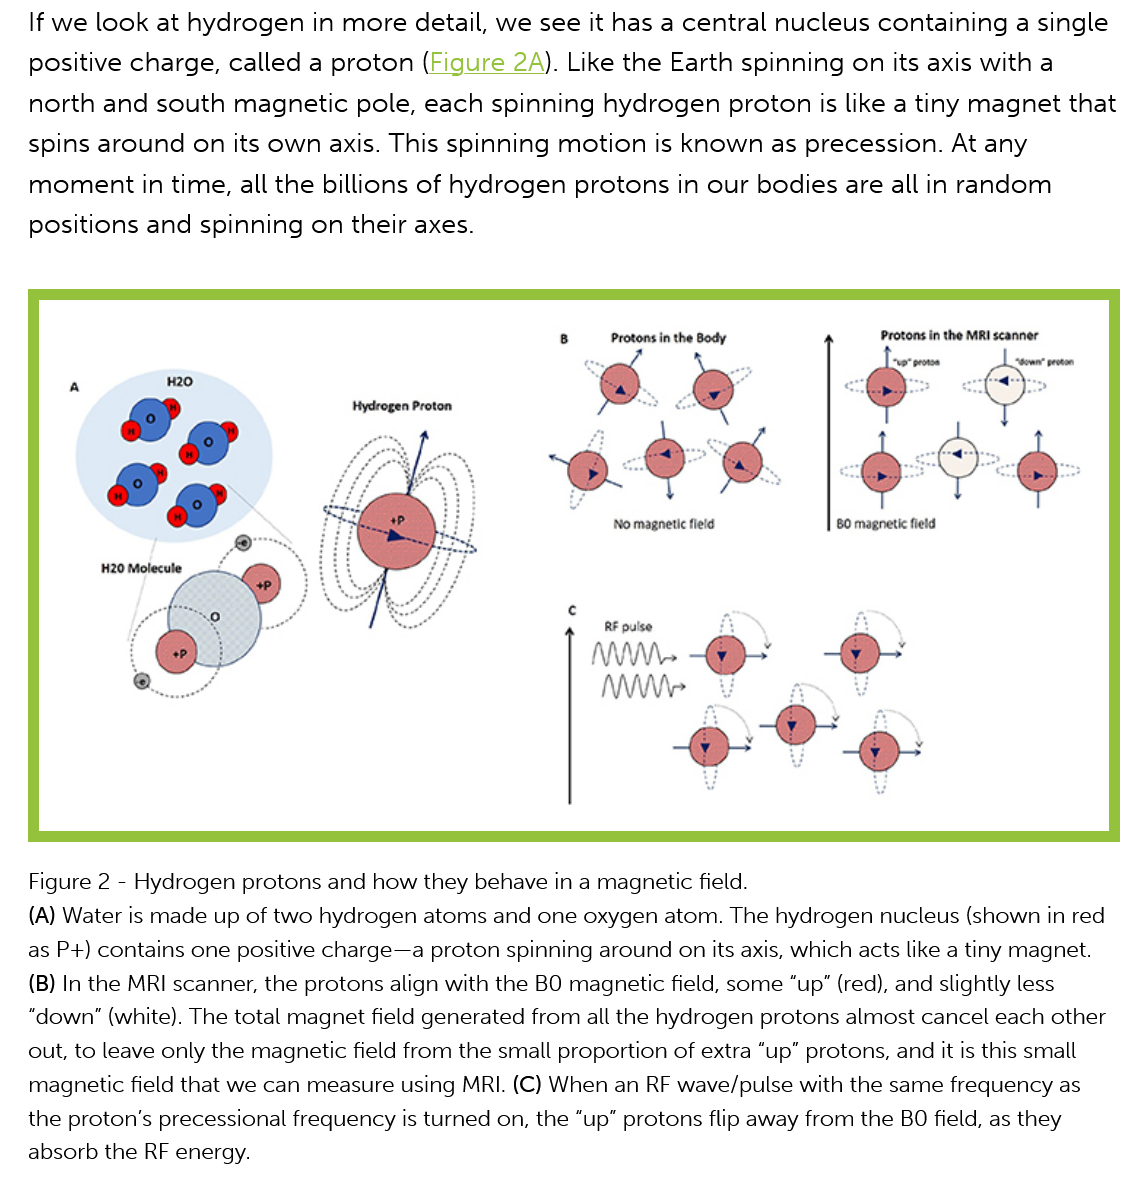
If we look at hydrogen  in more detail, we see it has a central nucleus containing a single
   positive charge, called a proton (Figure 2A). Like the Earth spinning on its axis with a
   north and  south magnetic   pole, each spinning hydrogen   proton is like a tiny magnet that
   spins around  on its own axis. This spinning motion  is known as precession.  At any

   moment  in  time, all the billions of hydrogen protons in our bodies are all in random
   positions and spinning  on their axes.
   Figure 2
     -
     Hydrogen protons and how they behave in a magnetic field.
   (A) Water is made up of two hydrogen atoms and one oxygen atom. The hydrogen nucleus (shown in red
   as P+) contains one positive charge—a proton spinning around on its axis, which acts like a tiny magnet.
   (B) In the MRI scanner, the protons align with the BO magnetic field, some “up” (red), and slightly less
   “down” (white). The total magnet field generated from all the hydrogen protons almost cancel each other
   out, to leave only the magnetic field from the small proportion of extra “up” protons, and it is this small
   magnetic field that we can measure using MRI. (C) When an RF wave/pulse with the same frequency as
   the proton’s precessional frequency is turned on, the “up” protons flip away from the BO field, as they
   absorb the RF energy.